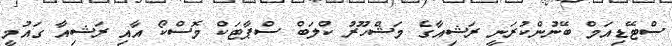
ސްޓޭޑިއަމް ބޭނުންކުރަނީ ރަޝިއާގެ މަޝްހޫރު ކްލަބް ސްޕާޓަކް މޮސްކޯ އާއި ރަޝިއާ ގައުމީ